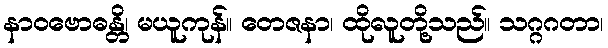
နာဝဗောဓန္တိ၊ မယူကုန်။ တေဇနာ၊ ထိုလူတို့သည်။ သဂ္ဂဂတာ၊